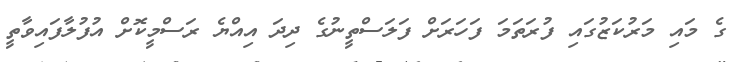
ގެ މައި މަރުކަޒުގައި ފުރަތަމަ ފަހަރަށް ފަލަސްތީނުގެ ދިދަ އިއްޔެ ރަސްމީކޮށް އުފުލާފައިވާތީ